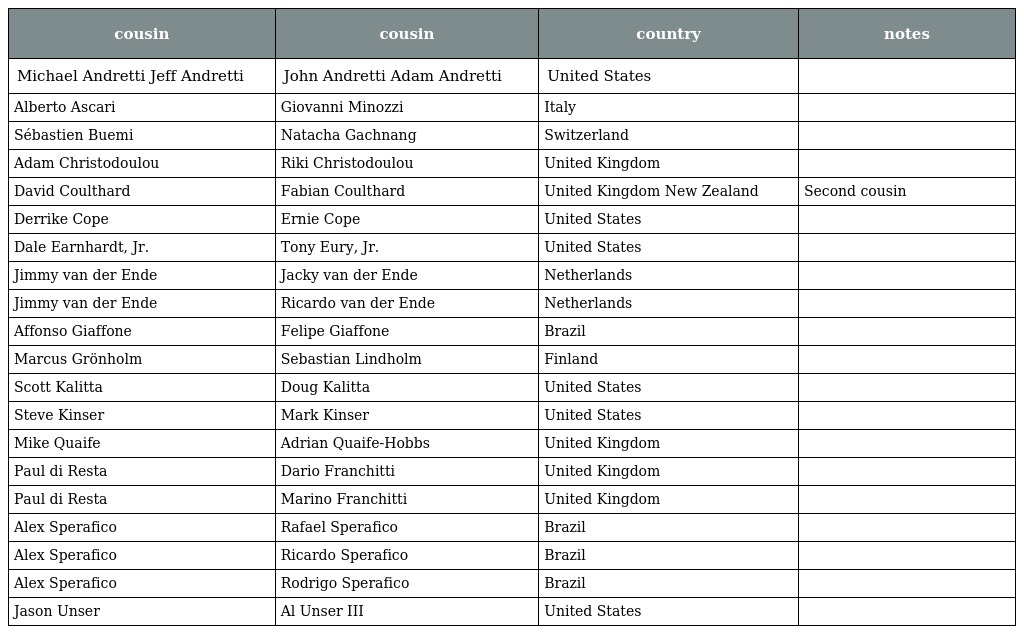
| cousin | cousin | country | notes |
 | --- | --- | --- | --- |
 | Michael Andretti Jeff Andretti | John Andretti Adam Andretti | United States |  |
 | Alberto Ascari | Giovanni Minozzi | Italy |  |
 | Sébastien Buemi | Natacha Gachnang | Switzerland |  |
 | Adam Christodoulou | Riki Christodoulou | United Kingdom |  |
 | David Coulthard | Fabian Coulthard | United Kingdom New Zealand | Second cousin |
 | Derrike Cope | Ernie Cope | United States |  |
 | Dale Earnhardt, Jr. | Tony Eury, Jr. | United States |  |
 | Jimmy van der Ende | Jacky van der Ende | Netherlands |  |
 | Jimmy van der Ende | Ricardo van der Ende | Netherlands |  |
 | Affonso Giaffone | Felipe Giaffone | Brazil |  |
 | Marcus Grönholm | Sebastian Lindholm | Finland |  |
 | Scott Kalitta | Doug Kalitta | United States |  |
 | Steve Kinser | Mark Kinser | United States |  |
 | Mike Quaife | Adrian Quaife-Hobbs | United Kingdom |  |
 | Paul di Resta | Dario Franchitti | United Kingdom |  |
 | Paul di Resta | Marino Franchitti | United Kingdom |  |
 | Alex Sperafico | Rafael Sperafico | Brazil |  |
 | Alex Sperafico | Ricardo Sperafico | Brazil |  |
 | Alex Sperafico | Rodrigo Sperafico | Brazil |  |
 | Jason Unser | Al Unser III | United States |  |